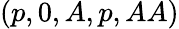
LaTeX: (p,0,A,p,AA)